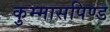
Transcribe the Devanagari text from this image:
कुम्मासपिण्ड